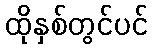
ထိုနှစ်တွင်ပင်